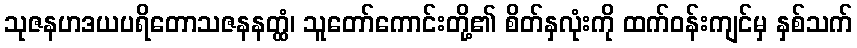
သုဇနဟဒယပရိတောသဇနနတ္ထံ၊ သူတော်ကောင်းတို့၏ စိတ်နှလုံးကို ထက်ဝန်းကျင်မှ နှစ်သက်